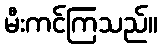
မီးကင်ကြသည်။